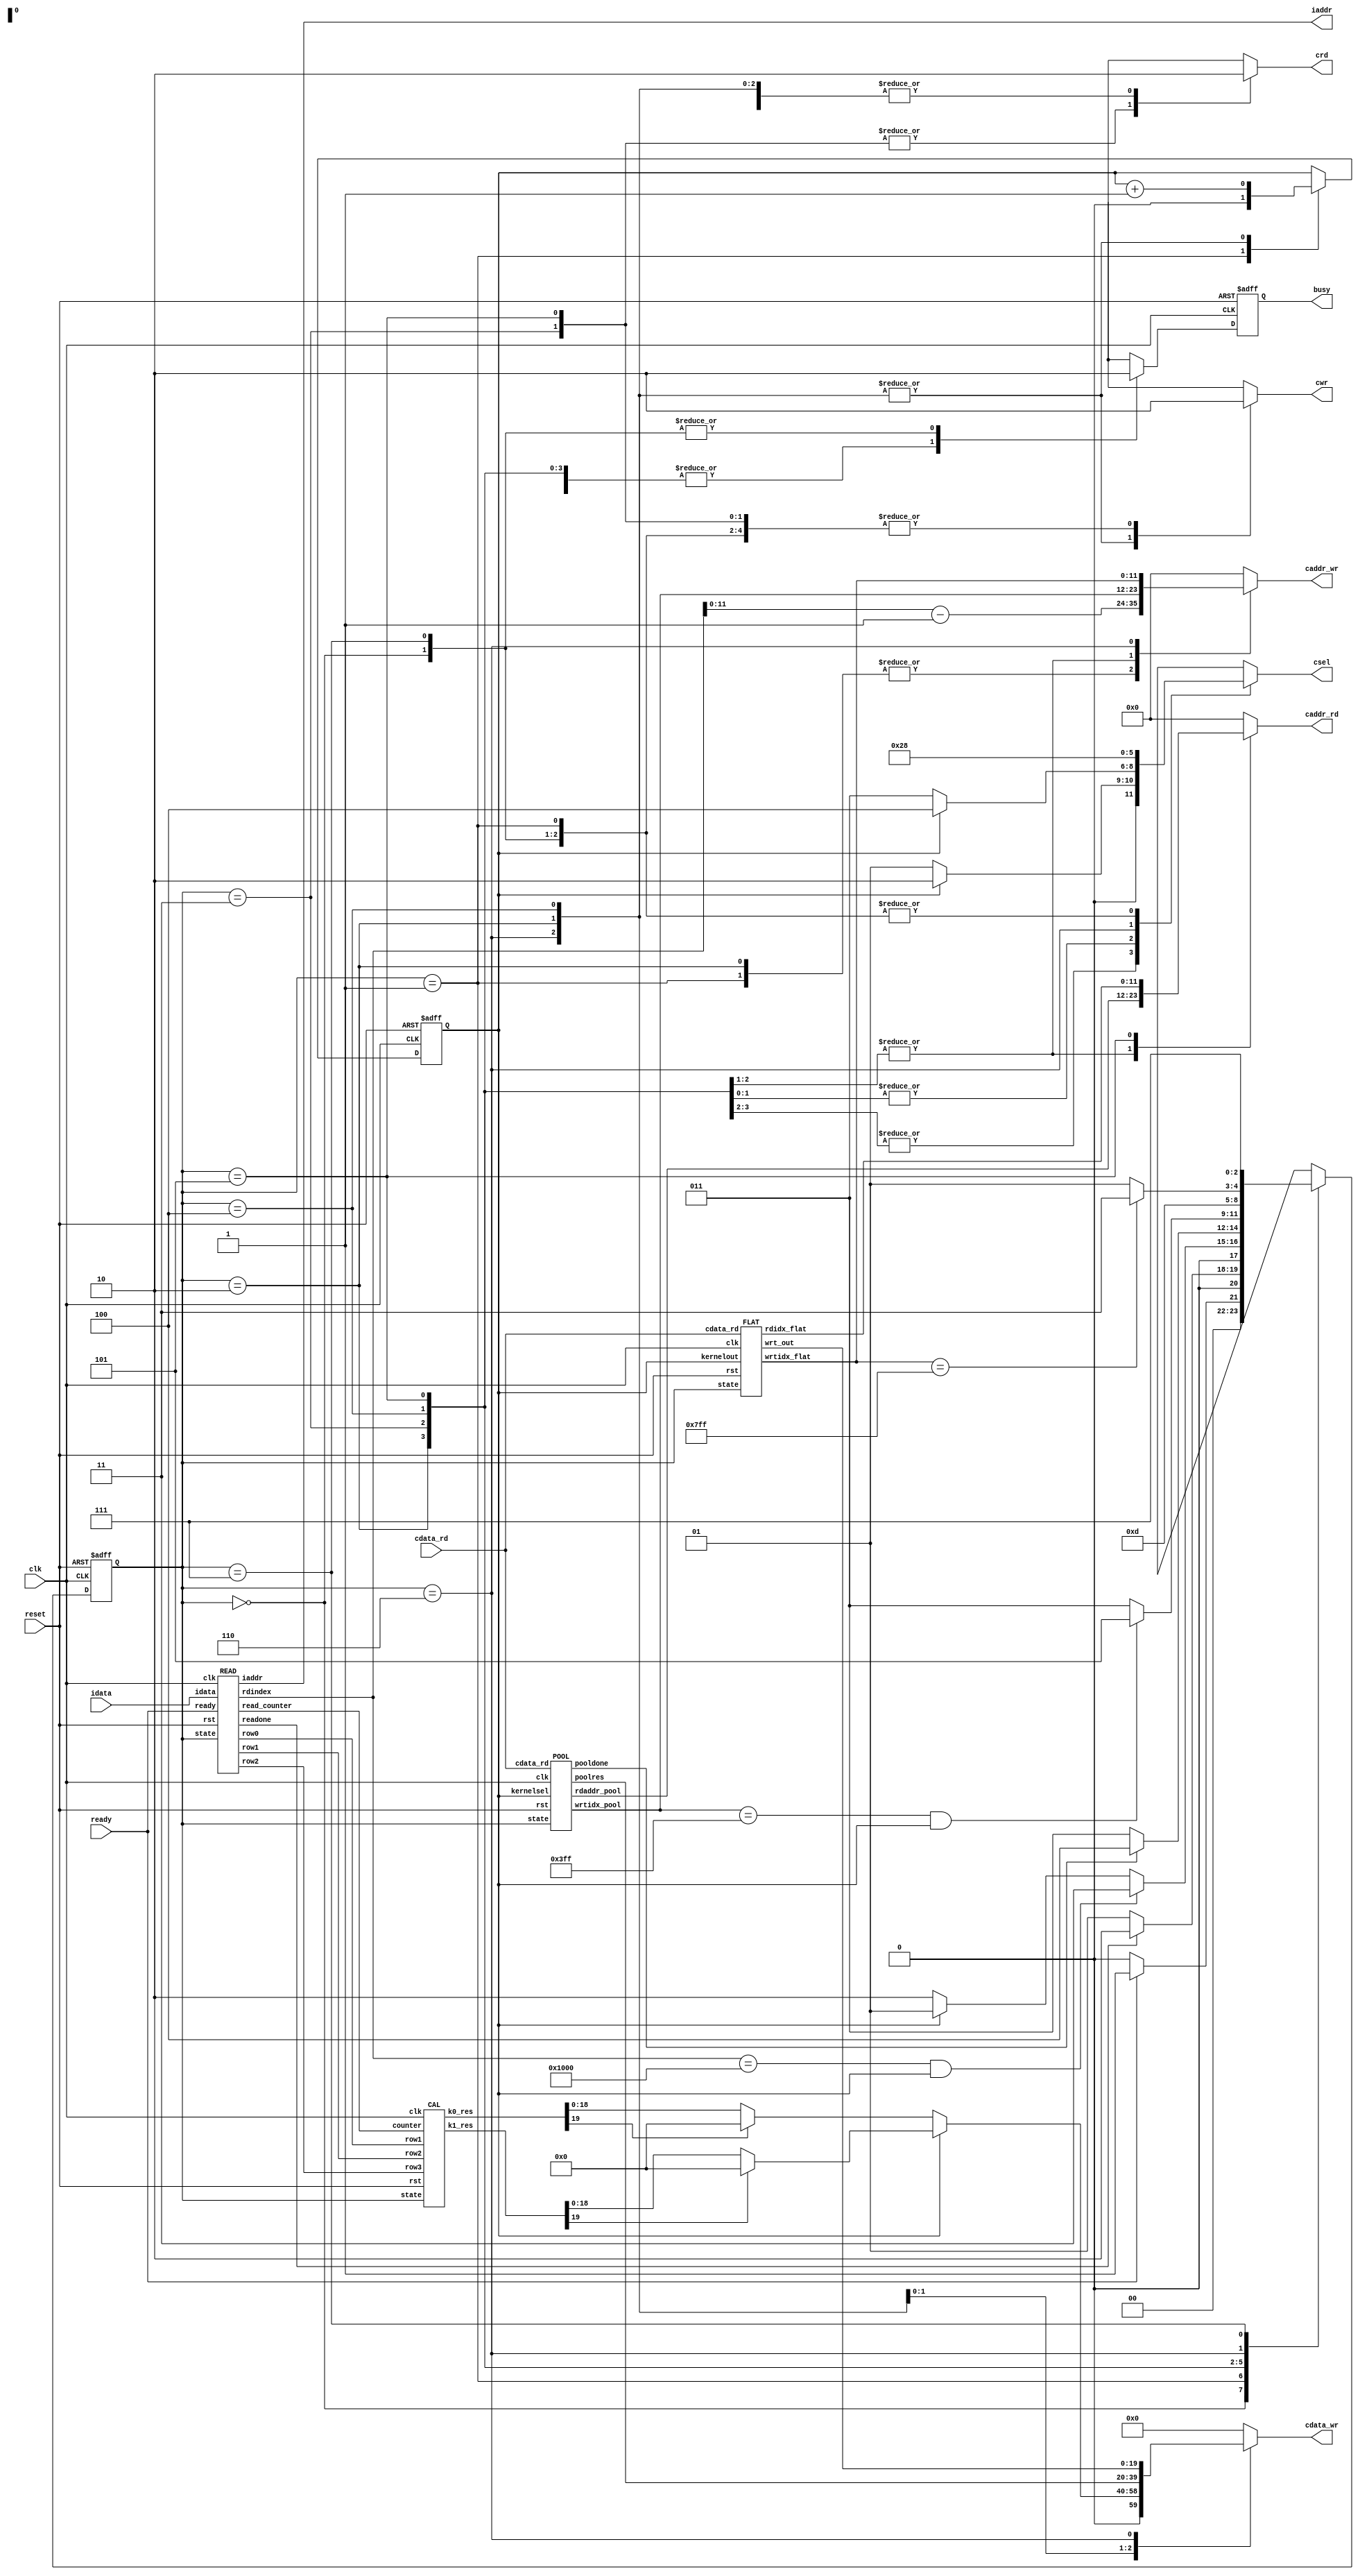

`timescale 1ns/10ps

module  CONV(
	input		        clk,
	input		        reset,
	output reg 	        busy,	
	input		        ready,	
			
	output     [11:0]   iaddr,
	input      [19:0]   idata,	
	
	output reg 	        cwr,
	output reg [11:0]   caddr_wr,
	output reg [19:0]   cdata_wr,
	
	output reg 	        crd,
	output reg [11:0]   caddr_rd,
	input      [19:0]   cdata_rd,
	
	output reg [2:0]    csel
);

parameter ST_INIT = 3'b000,
          ST_RDOP = 3'b001,
          ST_OUT1 = 3'b010,
          ST_POOL = 3'b011,
          ST_OUT2 = 3'b100,
          ST_FLAT = 3'b101,
          ST_OUT3 = 3'b110,
          ST_DONE = 3'b111;

reg [2:0] curr_state, next_state;
wire readone, pooldone, flatdone;
reg outkernel;       // 0 for output result of kernel 0, 1 for output kernel 1

wire [59:0] px012, px345, px678;
wire [3:0] count9;   // count 0-8, send to CAL module
wire [12:0] count4096;  // control write index in RDOP state
wire [11:0] count1024;  // control write index in POOL state
wire [11:0] count2048;
wire [19:0] poolres;
wire [19:0] flatres;
wire [11:0] rdaddr_pool;    // control read index in POOL state, count 0, 2, ... 4030
wire [11:0] rdaddr_flat;
wire [19:0] conv0_res, conv1_res;


// ***************************//
// *****NEXT STATE LOGIC******//
// ***************************//
// {{{
always @(*) begin
    case (curr_state) 
        ST_INIT: 
            next_state = (ready) ? ST_RDOP : ST_INIT;
        ST_RDOP: 
            next_state = (readone) ? ST_OUT1 : ST_RDOP;
        ST_OUT1: begin
            if (count4096 == 13'd4096 & outkernel == 1'b1)
                next_state = ST_POOL;
            else if (outkernel == 1'b1)
                next_state = ST_RDOP;
            else 
                next_state = ST_OUT1;
        end
        ST_POOL: begin
            if (pooldone)
                next_state = ST_OUT2;
            else
                next_state = ST_POOL;
        end
        ST_OUT2: begin
            if (count1024 == 12'd1023 & outkernel == 1'b1)
                next_state = ST_FLAT; 
            else
                next_state = ST_POOL;
        end
        ST_FLAT: 
            next_state = ST_OUT3;
        ST_OUT3:
            next_state = (count2048 == 12'd2047) ? ST_DONE : ST_FLAT;
        ST_DONE:
            next_state = ST_DONE;
        default:
            next_state = ST_INIT;
    endcase
end
// }}}

// ******STATE REGISTER*******//
always @(posedge clk or posedge reset) begin
    if (reset)
        curr_state <= ST_INIT;
    else
        curr_state <= next_state;
end

reg busy_asyn;
//assign busy = busy_;
// assign busy = (curr_state == ST_INIT || curr_state == ST_DONE) ? 1'b1: 1'b0;

// ***************************//
// *******OUTPUT LOGIC********//
// ***************************//
// {{{
always @(*) begin
    case (curr_state) 
        ST_INIT: begin
            crd  = 1'b0;
            cwr  = 1'b0;
            busy_asyn = 1'b0;
            csel = 3'b000;
        end
        ST_RDOP: begin
            crd  = 1'b0;
            cwr  = 1'b0;
            busy_asyn = 1'b1;
            csel = 3'b000;
        end
        ST_OUT1: begin
            crd  = 1'b0;
            cwr  = 1'b1;
            busy_asyn = 1'b1;
            csel = (outkernel == 1'b0) ? 3'b001 : 3'b010;
        end
        ST_POOL: begin
            crd  = 1'b1;
            cwr  = 1'b0;
            busy_asyn = 1'b1;
            csel = (outkernel == 1'b0) ? 3'b001 : 3'b010;
        end
        ST_OUT2: begin
            crd  = 1'b0;
            cwr  = 1'b1;
            busy_asyn = 1'b1;
            csel = (outkernel == 1'b0) ? 3'b011 : 3'b100;
        end
        ST_FLAT: begin
            crd  = 1'b1;
            cwr  = 1'b0;
            busy_asyn = 1'b1;
            csel = (outkernel == 1'b0) ? 3'b011 : 3'b100;
        end
        ST_OUT3: begin
            crd  = 1'b0;
            cwr  = 1'b1;
            busy_asyn = 1'b1;
            //busy_asyn = (count2048 == 12'd2048) ? 1'b0 : 1'b1;
            csel = 3'b101;
        end
        ST_DONE: begin
            crd  = 1'b0;
            cwr  = 1'b0;
            busy_asyn = 1'b0;
            csel = 3'b000;
        end
        default: begin
            crd  = 1'b0;
            cwr  = 1'b0;
            busy_asyn = 1'b0;
            csel = 3'b000;
        end
    endcase
end

// busy signal setting
always @(posedge clk, posedge reset) begin
    if(reset)
        busy <= 1'b0;
    else
        busy <= busy_asyn;
end


// }}}

// ***************************//
// ******* outkernel *********//
// ***************************//
// {{{
always @(posedge clk or posedge reset) begin
    if (reset)
        outkernel <= 1'b0;
    else begin
        case (curr_state)
            ST_RDOP:   // READ
                outkernel <= 1'b0;
            ST_OUT1:   // OUT1
                outkernel <= outkernel + 1'b1;
            ST_OUT2:   // OUT2
                outkernel <= outkernel + 1'b1;
            ST_OUT3: 
                outkernel <= outkernel + 1'b1;
        endcase
    end
end
// }}}

// ***************************//
// ******* caddr_wr **********//
// ***************************//
// {{{
always @(*) begin
    case(curr_state)
        ST_RDOP:     // RDOP
            caddr_wr = count4096 - 1;
        ST_OUT1:     // OUT1
            caddr_wr = count4096 - 1;
        ST_POOL:     // POOL
            caddr_wr = count1024;
        ST_OUT2:
            caddr_wr = count1024;
        ST_OUT3:
            caddr_wr = count2048;
        default:
            caddr_wr = 0;
    endcase
end
// }}}

// ***************************//
// ******* cdata_wr **********//
// ***************************//
// {{{
always @(*) begin
    case (curr_state)
        ST_OUT1: begin
            if (outkernel == 1'b0)
                cdata_wr = (conv0_res[19] == 1'b1) ? 20'b0 : conv0_res;
            else
                cdata_wr = (conv1_res[19] == 1'b1) ? 20'b0 : conv1_res; 
        end
        ST_OUT2:
            cdata_wr = poolres;
        ST_OUT3:
            cdata_wr = flatres;
        default: 
            cdata_wr = 20'b0;
    endcase
end
// }}}

// ***************************//
// ******* caddr_rd **********//
// ***************************//
// {{{
always @(*) begin
    case (curr_state)
        ST_POOL:
            caddr_rd = rdaddr_pool;
        ST_OUT2: begin
            caddr_rd = rdaddr_pool;
        end
        ST_FLAT:
            caddr_rd = rdaddr_flat;
        ST_OUT3:
            caddr_rd = 12'b0;
        default:
            caddr_rd = 12'b0;
    endcase
end
// }}}

READ read(
    .clk(clk),
    .rst(reset),
    .ready(ready),
    .readone(readone),
    .rdindex(count4096),
    .read_counter(count9),
    .iaddr(iaddr),
    .idata(idata),
    .state(curr_state),
    .row0(px012),
    .row1(px345),
    .row2(px678)
);

CAL cal(
    .clk(clk),
    .rst(reset),
    .row1(px012),
    .row2(px345),
    .row3(px678),
    .k0_res(conv0_res),
    .k1_res(conv1_res),
    .state(curr_state),
    .counter(count9)
);

POOL pool(
    .clk(clk),
    .rst(reset),
    .cdata_rd(cdata_rd),
    .rdaddr_pool(rdaddr_pool),
    .pooldone(pooldone),
    .state(curr_state),
    .poolres(poolres),
    .kernelsel(outkernel),
    .wrtidx_pool(count1024)
);

FLAT flat(
    .clk(clk),
    .rst(reset),
    .state(curr_state),
    .wrtidx_flat(count2048),
    .rdidx_flat(rdaddr_flat),
    .cdata_rd(cdata_rd),
    .wrt_out(flatres),
    .kernelout(outkernel)
);

endmodule

//*******************************************************************
//********************** READ MODULE start **************************
//*******************************************************************
// {{{
/* reading 9 pixel each round, ans pass 9 pixel to CAL module */
module READ(clk, rst, ready, readone,  rdindex, read_counter, iaddr, idata, state, row0, row1, row2);
    input clk, rst, ready;
    input [2:0] state;
    input [19:0] idata;

    output reg [12:0] rdindex;   // 0-4095, total read px count
    
    output [59:0] row0, row1, row2;
    output [11:0] iaddr;
    output readone;     // count9
    
    output reg [3:0] read_counter; // count 0 - 8
    
    wire [12:0] rdindex_signed;

    reg [5:0] row_counter;  // count 0 - 63
    reg signed [19:0] pixel [0:8];
    wire [12:0] read_index [0:9];    // local reading index(filter)
    reg signed [12:0] addr; // should judge < 0

    wire pad;       // 1: pad, 0: not pad
    wire lborder_detect, rborder_detect, outrange_detect;

    //assign rdindex_signed = {1'b0, rdindex};
    assign rdindex_signed = rdindex;

    assign readone = (read_counter == 4'b1001) ? 1'b1 : 1'b0;
        // reading data index
    assign iaddr = addr[11:0];

        // detect left and right border
    assign lborder_detect = (row_counter == 6'b0 && ((read_index[read_counter] & 13'h3f) == 13'h3f));
    assign rborder_detect = (row_counter == 6'd63 && (((read_index[read_counter] - 13'b1) & 13'h3f) == 13'h3f));
        // detect top and bottom border
    assign outrange_detect = (read_index[read_counter] > 4095);
    assign pad = outrange_detect | lborder_detect | rborder_detect;
    
        // READ IN, output to CAL module
    assign row0 = {pixel[0], pixel[1], pixel[2]},
           row1 = {pixel[3], pixel[4], pixel[5]},
           row2 = {pixel[6], pixel[7], pixel[8]};

        // INDEX of 9 pixel
    assign read_index[0] = rdindex_signed - 12'd65 ,
           read_index[1] = rdindex_signed - 12'd64 ,
           read_index[2] = rdindex_signed - 12'd63 ,
           read_index[3] = rdindex_signed - 12'd1  ,
           read_index[4] = rdindex_signed          ,
           read_index[5] = rdindex_signed + 12'd1  ,
           read_index[6] = rdindex_signed + 12'd63 ,
           read_index[7] = rdindex_signed + 12'd64 ,
           read_index[8] = rdindex_signed + 12'd65 ,
           read_index[9] = -1;

        // READ PIXEL, update addr and pixel
    integer i;
    always @(*) begin
        if (rst)
            addr = 13'b0;
        else begin
            case (state)
                3'b001: 
                    addr = read_index[read_counter];
                default:
                    addr = 13'b0;
            endcase
            
        end
    end

    always @(posedge clk or posedge rst) begin
        if (rst) begin
            for (i = 0; i < 9; i = i + 1)
                pixel[i] <= 20'b0;
            //addr    <= 13'b0;
        end
        else begin
            case (state) 
                3'b001: begin
                    //addr                <= read_index[read_counter];
                    pixel[read_counter] <= (pad) ? 20'b0 : idata;
                end
            endcase
        end
    end

        // COUNTER SETTING
    always @(posedge clk or posedge rst) begin
        if (rst) begin
            rdindex         <= 12'b0;
            row_counter     <= 6'b0;
            read_counter    <= 4'b0;
        end
        else begin
            if (state == 3'b001) begin  // RDOP state
                read_counter <= read_counter + 1;
                if (read_counter == 4'b1000) begin
                    row_counter <= row_counter + 6'b1;
                    rdindex         <= rdindex + 12'b1; // increment each round
                end
            end
            else if (state == 3'b010) begin     // OUT1 state
                read_counter    <= 4'b0;
            end
        end
    end
endmodule
//********************** READ MODULE end **************************
// }}}

//******************************************************************
//********************** CAL module start **************************
//******************************************************************
// {{{
/* multiple pixel and kernel, adding bias and return conv result */
module CAL(
    clk, rst, 
    row1, row2, row3,
    k0_res, k1_res,
    state,
    counter            /* receive from READ mod(read_counter), count 0 - 8 each iteration */
);
    input clk, rst;
    input [59:0] row1, row2, row3;
    input [2:0] state;
    output [19:0] k0_res, k1_res;
    input [3:0] counter;
    reg signed [39:0] mult1 [0:8];  // save temp multiple result
    reg signed [39:0] mult2 [0:8];  // save temp multiple result

    wire signed [39:0] bias1, bias2;
    wire signed [19:0] px [0:8];
    wire signed [39:0] tempsum1, tempsum2; 
    wire signed [19:0] ker1 [0:8];
    wire signed [19:0] ker2 [0:8];

    assign bias1 = {4'b0, 20'h01310, 16'b0},
           bias2 = {4'b0, 20'hF7295, 16'b0};

    assign px[0] = row1[59:40], px[1] = row1[39:20], px[2] = row1[19:0],
           px[3] = row2[59:40], px[4] = row2[39:20], px[5] = row2[19:0],
           px[6] = row3[59:40], px[7] = row3[39:20], px[8] = row3[19:0];

    assign ker1[0] = 20'h0A89E, ker1[1] = 20'h092D5, ker1[2] = 20'h06D43,
           ker1[3] = 20'h01004, ker1[4] = 20'hF8F71, ker1[5] = 20'hF6E54,
           ker1[6] = 20'hFA6D7, ker1[7] = 20'hFC834, ker1[8] = 20'hFAC19;
    assign ker2[0] = 20'hFDB55, ker2[1] = 20'h02992, ker2[2] = 20'hFC994,
           ker2[3] = 20'h050FD, ker2[4] = 20'h02F20, ker2[5] = 20'h0202D,
           ker2[6] = 20'h03BD7, ker2[7] = 20'hFD369, ker2[8] = 20'h05E68;
        
        // MULTIPLE pixel with kernel and ADD bias
    always @ (*) begin
            // KERNEL 1
        mult1[0] = px[0] * ker1[0];
        mult1[1] = px[1] * ker1[1];
        mult1[2] = px[2] * ker1[2];
        mult1[3] = px[3] * ker1[3];
        mult1[4] = px[4] * ker1[4];
        mult1[5] = px[5] * ker1[5];
        mult1[6] = px[6] * ker1[6];
        mult1[7] = px[7] * ker1[7];
        mult1[8] = px[8] * ker1[8];
            // KERNEL 2
        mult2[0] = px[0] * ker2[0];
        mult2[1] = px[1] * ker2[1];
        mult2[2] = px[2] * ker2[2];
        mult2[3] = px[3] * ker2[3];
        mult2[4] = px[4] * ker2[4];
        mult2[5] = px[5] * ker2[5];
        mult2[6] = px[6] * ker2[6];
        mult2[7] = px[7] * ker2[7];
        mult2[8] = px[8] * ker2[8];
    end
    /*
    integer k;
    always @(posedge clk or posedge rst) begin
        if (rst) begin
            for (k = 0; k < 9; k = k + 1) begin
                mult1[k] <= 40'b0;
                mult2[k] <= 40'b0;
            end
        end
        else begin
            mult1[counter] <= px[counter] * ker1[counter];
            mult2[counter] <= px[counter] * ker2[counter];
        end
    end 
    */
    assign tempsum1 = (mult1[0] + mult1[1]) + (mult1[2] + mult1[3]) + (mult1[4] + mult1[5]) + (mult1[6] + mult1[7]) + (mult1[8]) + bias1,
           tempsum2 = (mult2[0] + mult2[1]) + (mult2[2] + mult2[3]) + (mult2[4] + mult2[5]) + (mult2[6] + mult2[7]) + (mult2[8]) + bias2;

    assign k0_res = (tempsum1[35:16] + tempsum1[15]),
           k1_res = (tempsum2[35:16] + tempsum2[15]);

endmodule
//********************** CAL module end **************************
// }}}

//******************************************************************
//********************** POOL module start *************************
//******************************************************************
// {{{
module POOL(clk, rst, cdata_rd, rdaddr_pool, pooldone, state, poolres, kernelsel, wrtidx_pool);
    input clk, rst;
    input [19:0] cdata_rd;
    input [2:0] state;
    output pooldone;
    output [19:0] poolres;
    input kernelsel;
    output [11:0] rdaddr_pool;          // Control read index
    output reg [11:0] wrtidx_pool;          // Control write index

    reg [11:0] read_index;
    reg [3:0] count4;          // count 0 - 3, control each iteration
    wire [11:0] read_addr4 [0:4];
    reg [19:0] tempmax;         // store max
    reg [5:0] row_count;        // count 0 - 63, countrol read_index

    assign pooldone = (count4 == 3'd4) ? 1'b1 : 1'b0; 
    assign poolres  = tempmax;
        
    assign read_addr4[0] = read_index         ,
           read_addr4[1] = read_index + 12'b1 ,
           read_addr4[2] = read_index + 12'd64,
           read_addr4[3] = read_index + 12'd65,
           read_addr4[4] = read_index + 12'd65;
    assign rdaddr_pool = read_addr4[count4];
    reg [19:0] max1, max2;
    reg [19:0] in4 [0:4];


    always @(posedge clk or posedge rst) begin
        if (rst) begin
            read_index  <= 12'b0;
            count4      <= 3'b0;
            // reset in4
            in4[0] <= 20'b0; in4[1] <= 20'b0; in4[2] <= 20'b0; in4[3] <= 20'b0; in4[4] <= 20'b0;
            row_count   <= 6'b0;
            wrtidx_pool <= 12'b0;
        end
        else begin
            case (state)
                3'b010: begin   // OUT1 state, prepare signal
                    read_index  <= 12'b0;
                    row_count   <= 6'b0;
                    wrtidx_pool <= 12'b0;
                end
                3'b011: begin   // POOL state
                    count4      <= count4 + 3'b1;
                    in4[count4] <= cdata_rd;
                end
                3'b100: begin   // OUT2 state
                    if (kernelsel == 1'b1) begin
                        count4      <= 0;
                        read_index  <= (row_count == 6'd62) ? (read_index + 12'd66) : (read_index + 12'd2);
                        row_count   <= (row_count == 6'd62) ? 0 : (row_count + 6'd2);
                        wrtidx_pool <= wrtidx_pool + 12'b1;
                    end                 
                    else begin
                        count4  <= 3'b0;
                    end
                end
            endcase
        end
    end

    // GET MAX
    always @(*) begin
        if (rst) begin
            max1 = 20'b0; max2 = 20'b0; tempmax = 20'b0;
        end
        else begin
            max1 = (in4[0] > in4[1]) ? in4[0] : in4[1];
            max2 = (in4[2] > in4[3]) ? in4[2] : in4[3];
            tempmax = (max1 > max2) ? max1 : max2;
        end
    end
endmodule
// }}}

//******************************************************************
//********************** FLAT module start *************************
//******************************************************************
//{{{
module FLAT(clk, rst, state, wrtidx_flat, rdidx_flat, cdata_rd, wrt_out, kernelout);
    input clk, rst;
    input [2:0] state;
    input [19:0] cdata_rd;
    input kernelout;
    output reg [11:0] wrtidx_flat;      // write 0 - 2048
    output reg [11:0] rdidx_flat;         // read 0 - 1023
    output [19:0] wrt_out;

    assign wrt_out = cdata_rd;

    always @(posedge clk or posedge rst) begin
        if (rst) begin
            wrtidx_flat <= 12'hfff;
            rdidx_flat  <= 12'b0;
        end
        else begin
            case (state) 
                3'b101: begin       // FLAT
                    wrtidx_flat <= wrtidx_flat + 12'b1;
                end
                3'b110: begin       // OUT3
                    if (kernelout == 1'b1) rdidx_flat <= rdidx_flat + 12'b1;
                end 
            endcase
        end
    end

endmodule 
// }}}